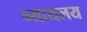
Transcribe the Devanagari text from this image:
न्‍यायलय